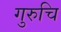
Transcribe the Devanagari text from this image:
गुरुचि